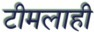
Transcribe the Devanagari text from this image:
टीमलाही